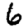
Digit: 6